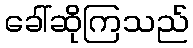
ခေါ်ဆိုကြသည်